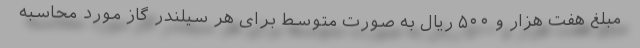
مبلغ هفت هزار و ۵۰۰ ریال به صورت متوسط برای هر سیلندر گاز مورد محاسبه